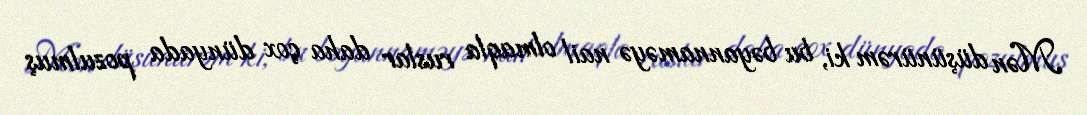
Mən düşünürəm ki, bu bəyannaməyə nail olmaqla ruslar daha çox dünyada pozulmuş